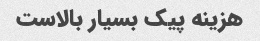
هزینه پیک بسیار بالاست